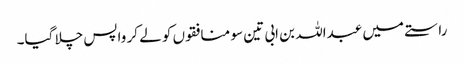
راستے میں عبداللہ بن ابی تین سو منافقوں کو لے کر واپس چلا گیا۔